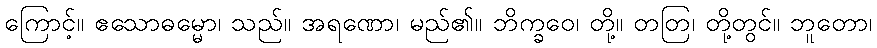
ကြောင့်။ ဧသောဓမ္မော၊ သည်။ အရဏော၊ မည်၏။ ဘိက္ခဝေ၊ တို့။ တတြ၊ တို့တွင်။ ဘူတော၊